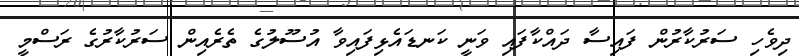
ދިވެހި ސަރުކާރުން ފައިސާ ދައްކާފައި ވަނީ ކަނޑައެޅިފައިވާ އުސޫލުގެ ތެރެއިން ސަރުކާރުގެ ރަސްމީ